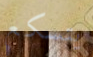
يتسكع